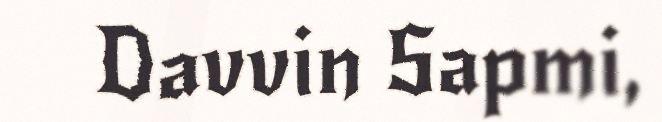
Davvin Sapmi,